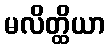
မလိတ္ထိယာ